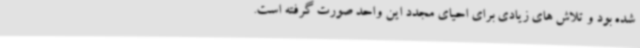
شده بود و تلاش های زیادی برای احیای مجدد این واحد صورت گرفته است.